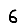
Digit: 6